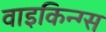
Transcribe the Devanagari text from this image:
वाइकिन्ग्स